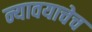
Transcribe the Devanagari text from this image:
न्यावयाचेच